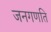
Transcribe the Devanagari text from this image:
जनगणति